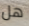
هل